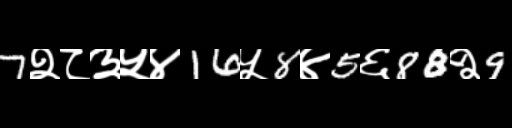
Text: 7२८३५४16५8४5६88२9